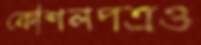
কৌশলপত্রও